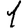
Digit: 1